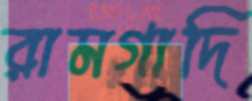
রামগাদি